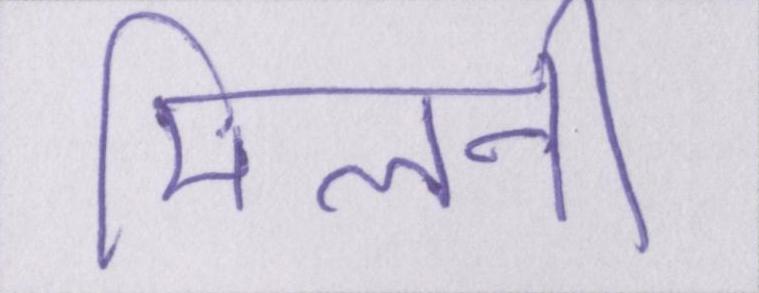
मिलनी